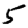
Digit: 5